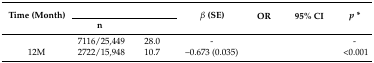
<table><thead><tr><td rowspan="2"><b>Time (Month)</b></td><td colspan="2">[EMPTY_CELL]</td><td rowspan="2"><b><i>β</i> (SE)</b></td><td rowspan="2"><b>OR</b></td><td rowspan="2"><b>95% CI</b></td><td rowspan="2"><b><i>p</i> *</b></td></tr><tr><td><b>n</b></td><td>[EMPTY_CELL]</td></tr></thead><tbody><tr><td>[EMPTY_CELL]</td><td>7116/25,449</td><td>28.0</td><td>-</td><td>[EMPTY_CELL]</td><td>[EMPTY_CELL]</td><td>-</td></tr><tr><td>12M</td><td>2722/15,948</td><td>10.7</td><td>–0.673 (0.035)</td><td>[EMPTY_CELL]</td><td>[EMPTY_CELL]</td><td>&lt;0.001</td></tr></tbody></table>